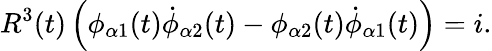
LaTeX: R^{3}(t)\left(\phi_{\alpha 1}(t)\dot{\phi}_{\alpha 2}(t)-\phi_{\alpha 2}(t)\dot{\phi}_{\alpha 1}(t)\right)=i.